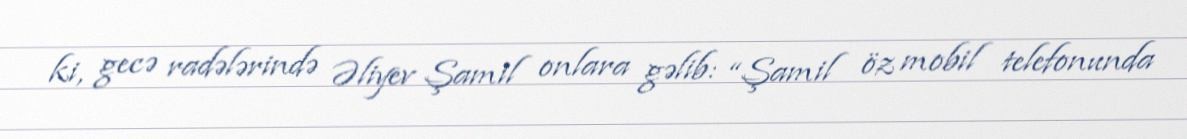
ki, gecə radələrində Əliyev Şamil onlara gəlib: “Şamil öz mobil telefonunda